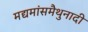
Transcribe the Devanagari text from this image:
मद्यमांसमैथुनादी